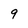
Character: 9